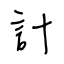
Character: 計